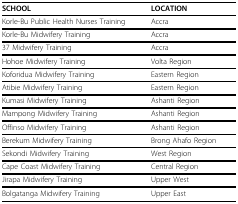
| SCHOOL | LOCATION |
 | --- | --- |
 | Korle-Bu Public Health Nurses Training | Accra |
 | Korle-Bu Midwifery Training | Accra |
 | 37 Midwifery Training | Accra |
 | Hohoe Midwifery Training | Volta Region |
 | Koforidua Midwifery Training | Eastern Region |
 | Atibie Midwifery Training | Eastern Region |
 | Kumasi Midwifery Training | Ashanti Region |
 | Mampong Midwifery Training | Ashanti Region |
 | Offinso Midwifery Training | Ashanti Region |
 | Berekum Midwifery Training | Brong Ahafo Region |
 | Sekondi Midwifery Training | West Region |
 | Cape Coast Midwifery Training | Central Region |
 | Jirapa Midwifery Training | Upper West |
 | Bolgatanga Midwifery Training | Upper East |